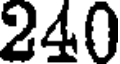
240